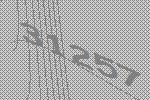
31257